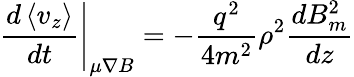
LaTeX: \left.\frac{d\left\langle v_{z}\right\rangle}{dt}\right|_{\mu\nabla B}=-\frac{q^{2}}{4m^{2}}\rho^{2}\frac{dB_{m}^{2}}{dz}